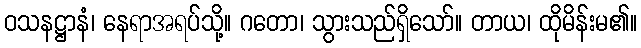
ဝသနဋ္ဌာနံ၊ နေရာအရပ်သို့။ ဂတော၊ သွားသည်ရှိသော်။ တာယ၊ ထိုမိန်းမ၏။